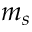
m _ { s }